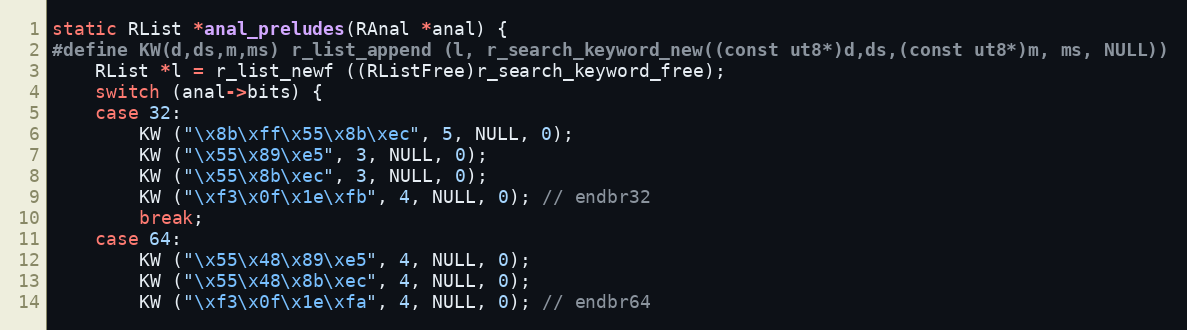
Language: C
static RList *anal_preludes(RAnal *anal) {
#define KW(d,ds,m,ms) r_list_append (l, r_search_keyword_new((const ut8*)d,ds,(const ut8*)m, ms, NULL))
	RList *l = r_list_newf ((RListFree)r_search_keyword_free);
	switch (anal->bits) {
	case 32:
		KW ("\x8b\xff\x55\x8b\xec", 5, NULL, 0);
		KW ("\x55\x89\xe5", 3, NULL, 0);
		KW ("\x55\x8b\xec", 3, NULL, 0);
		KW ("\xf3\x0f\x1e\xfb", 4, NULL, 0); // endbr32
		break;
	case 64:
		KW ("\x55\x48\x89\xe5", 4, NULL, 0);
		KW ("\x55\x48\x8b\xec", 4, NULL, 0);
		KW ("\xf3\x0f\x1e\xfa", 4, NULL, 0); // endbr64